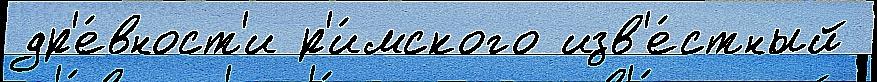
др'е́вност'и р'и́мского изв'е́стный